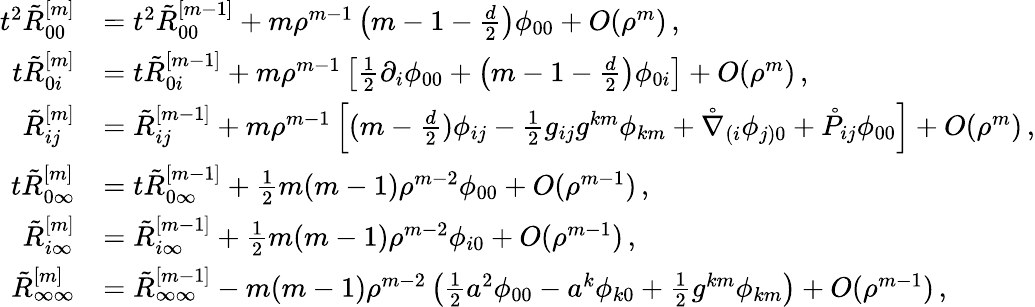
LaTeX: \begin{array}{rl}{t^{2}\tilde{R}_{00}^{[m]}}&{=t^{2}\tilde{R}_{00}^{[m-1]}+m\rho^{m-1}\left(m-1-\frac{d}{2}\right)\phi_{00}+O(\rho^{m})\, ,}\\ {t\tilde{R}_{0i}^{[m]}}&{=t\tilde{R}_{0i}^{[m-1]}+m\rho^{m-1}\left[\frac{1}{2}\partial_{i}\phi_{00}+\left(m-1-\frac{d}{2}\right)\phi_{0i}\right]+O(\rho^{m})\, ,}\\ {\tilde{R}_{ij}^{[m]}}&{=\tilde{R}_{ij}^{[m-1]}+m\rho^{m-1}\left[(m-\frac{d}{2})\phi_{ij}-\frac{1}{2}g_{ij}g^{km}\phi_{km}+\mathring\nabla_{(i}\phi_{j)0}+\mathring P_{ij}\phi_{00}\right]+O(\rho^{m})\, ,}\\ {t\tilde{R}_{0\infty}^{[m]}}&{=t\tilde{R}_{0\infty}^{[m-1]}+\frac{1}{2}m(m-1)\rho^{m-2}\phi_{00}+O(\rho^{m-1})\, ,}\\ {\tilde{R}_{i\infty}^{[m]}}&{=\tilde{R}_{i\infty}^{[m-1]}+\frac{1}{2}m(m-1)\rho^{m-2}\phi_{i0}+O(\rho^{m-1})\, ,}\\ {\tilde{R}_{\infty\infty}^{[m]}}&{=\tilde{R}_{\infty\infty}^{[m-1]}-m(m-1)\rho^{m-2}\left(\frac{1}{2}a^{2}\phi_{00}-a^{k}\phi_{k0}+\frac{1}{2}g^{km}\phi_{km}\right)+O(\rho^{m-1})\, ,}\end{array}